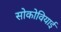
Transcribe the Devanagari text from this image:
सोकोवियाई